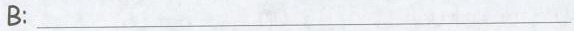
B:___